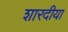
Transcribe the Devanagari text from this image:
शारदीया